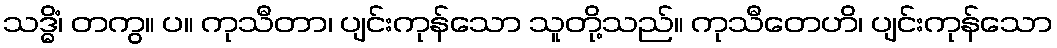
သဒ္ဓိံ၊ တကွ။ ပ။ ကုသီတာ၊ ပျင်းကုန်သော သူတို့သည်။ ကုသီတေဟိ၊ ပျင်းကုန်သော